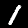
Digit: 1